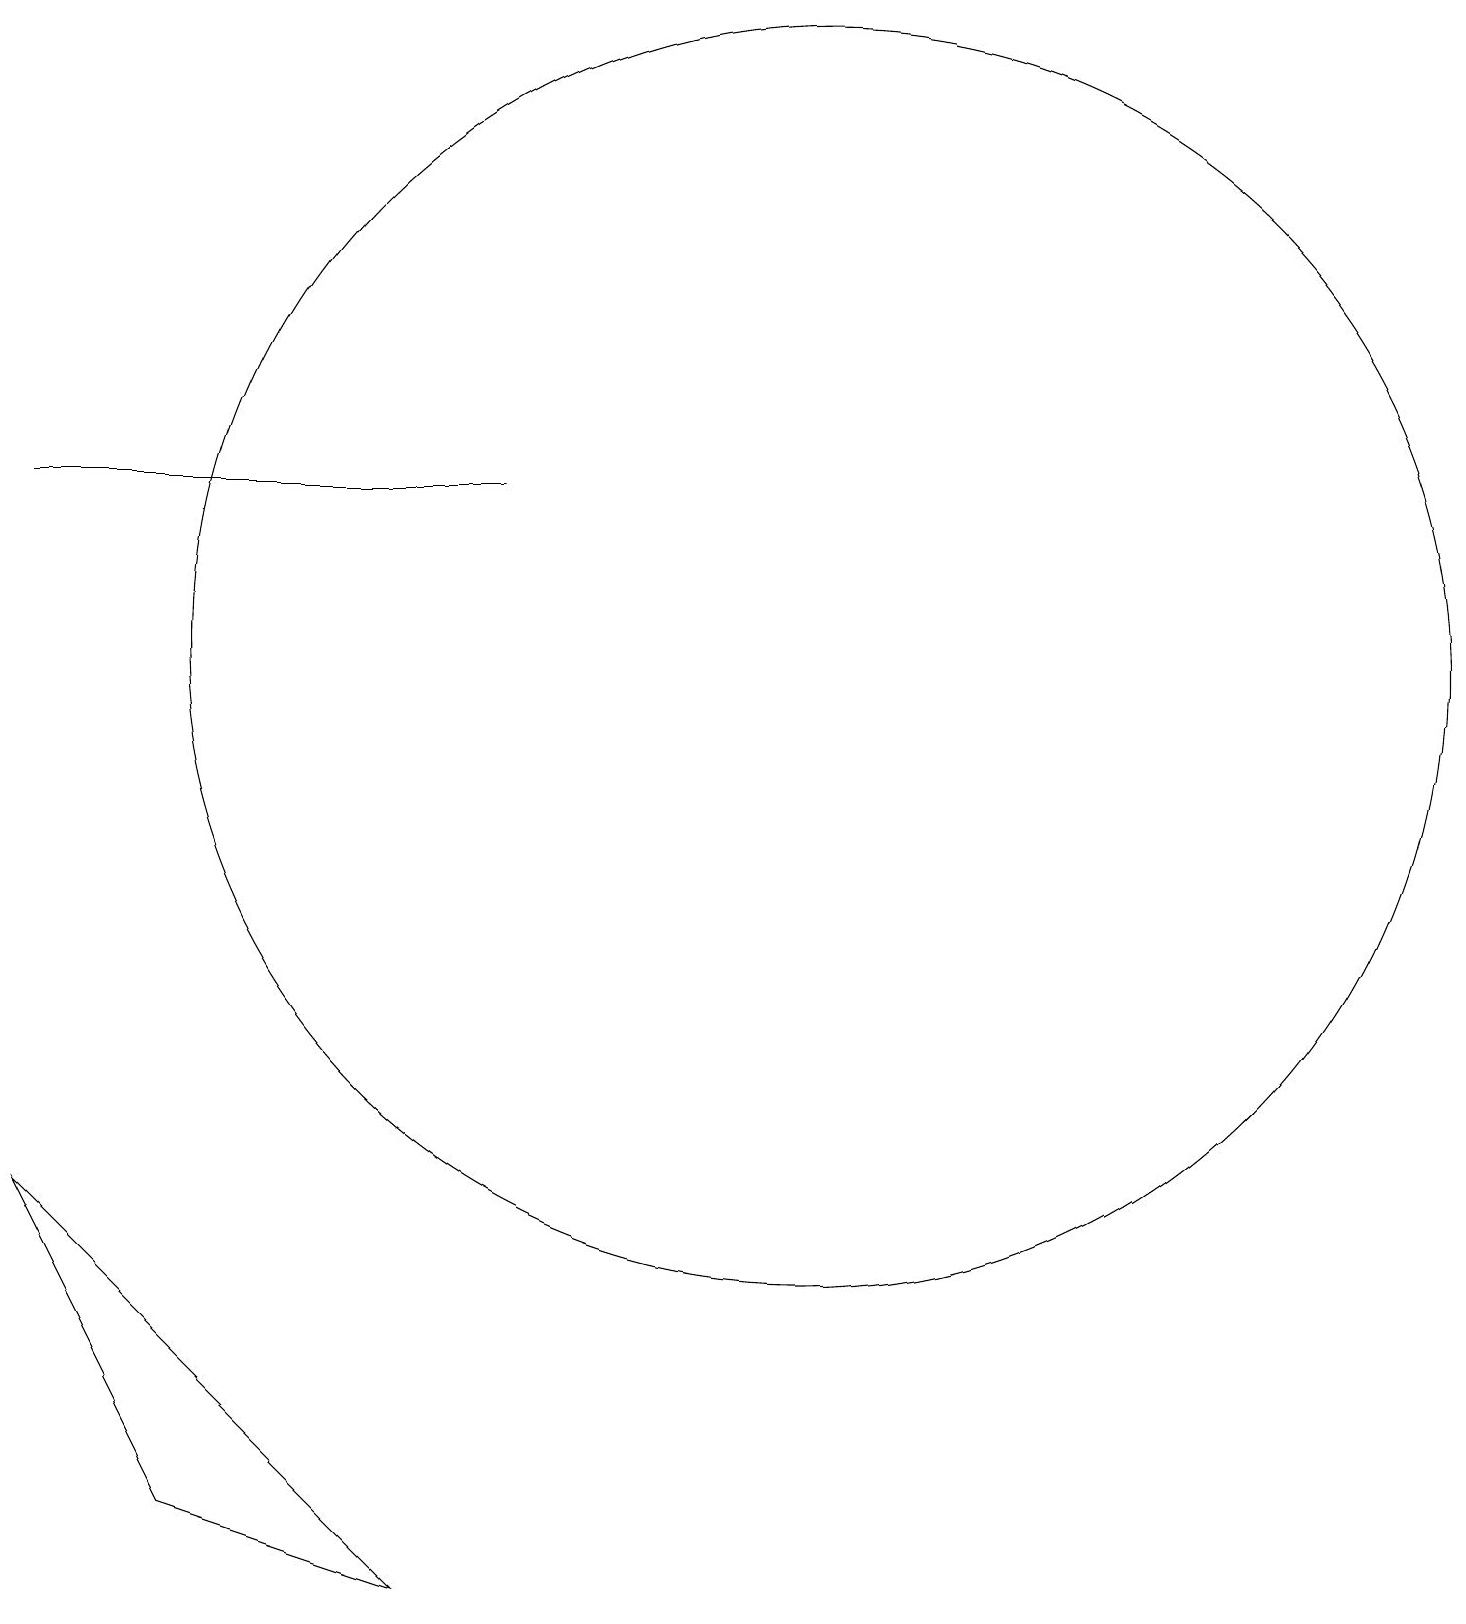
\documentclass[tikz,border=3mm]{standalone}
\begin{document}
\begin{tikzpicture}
\draw (11,12) circle (8);
\draw (1,14) rectangle (7,14);
\draw (6,0) -- (1,5) -- (3,1) -- cycle;
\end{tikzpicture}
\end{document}